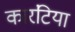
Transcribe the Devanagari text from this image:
कारंटिया